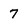
Character: 7